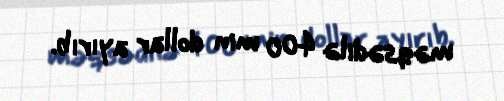
məqsədilə 400 min dollar ayırıb.